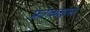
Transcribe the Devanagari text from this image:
फ्रांकाइस